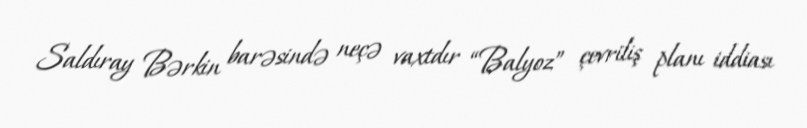
Saldıray Bərkin barəsində neçə vaxtdır “Balyoz” çevriliş planı iddiası